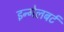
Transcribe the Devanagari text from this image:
इन्गेलबर्ट